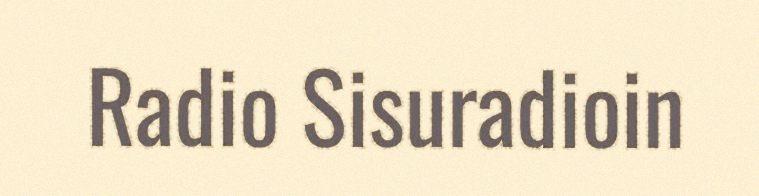
Radio Sisuradioin